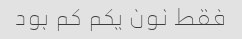
فقط نون یکم کم بود